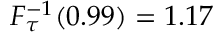
F _ { \tau } ^ { - 1 } ( 0 . 9 9 ) = 1 . 1 7